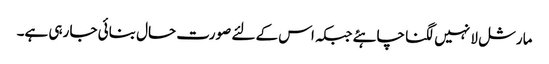
مارشل لا نہیں لگنا چاہئے جبکہ اس کے لئے صورت حال بنائی جا رہی ہے۔